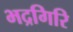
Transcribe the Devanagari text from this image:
भद्रगिरि